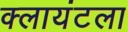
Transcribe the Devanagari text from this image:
क्लायंटला